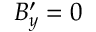
B _ { y } ^ { \prime } = 0